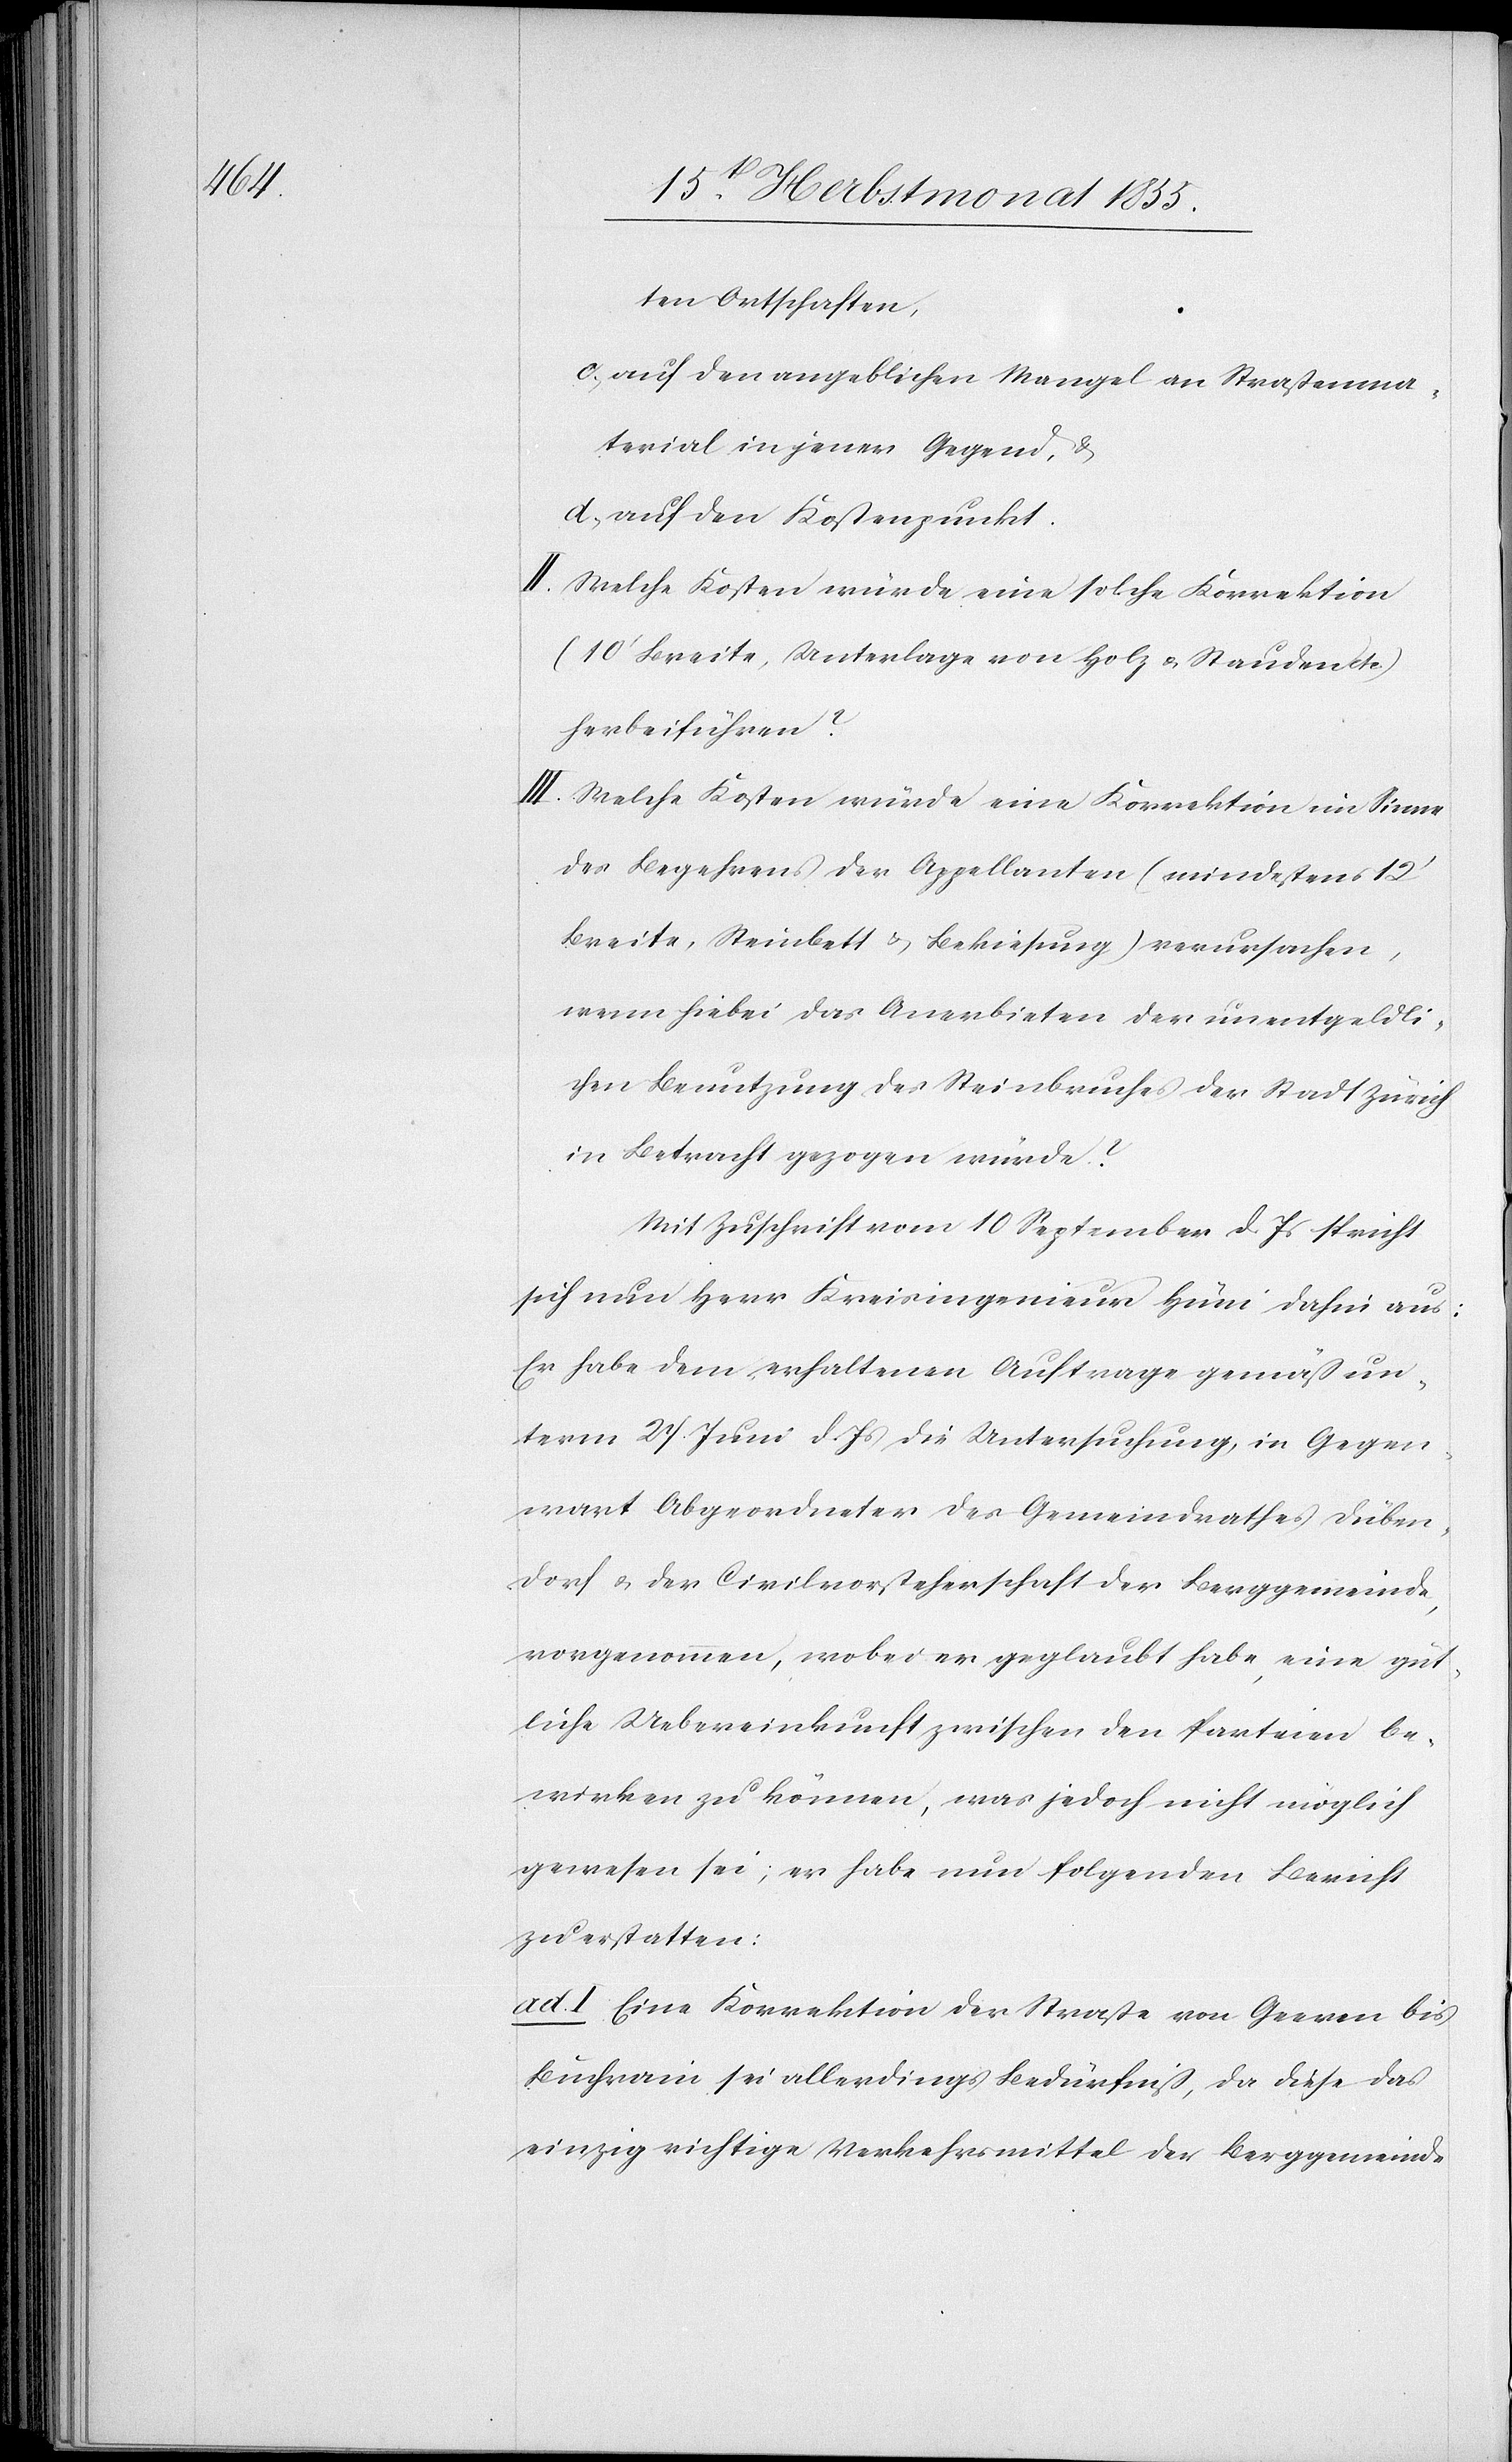
ten Ortschaften,
c, auf den angeblichen Mangel an Straßenma¬
terial in jener Gegend, &
d, auf den Kostenpunkt.
Welche Kosten würde eine solche Korrektion
(10‘ Breite, Unterlage von Holz & Stauden etc.)
herbeiführen?
Welche Kosten würde eine Korrektion im Sinne
des Begehrens der Appellanten (mindestens 12‘
Breite, Steinbett & Bekiesung) verursachen,
wenn hiebei das Anerbieten der unentgeldli¬
chen Benutzung des Steinbruches der Stadt Zürich
in Betracht gezogen würde?
Mit Zuschrift vom 10 September d. Js spricht
sich nun Herr Kreisingenieur Hüni dahin aus:
Er habe dem erhaltenen Auftrage gemäß un¬
term 27 Juni d. Js die Untersuchung, in Gegen¬
wart Abgeordneter des Gemeindrathes Düben¬
dorf & der Civilvorsteherschaft der Berggemeinde,
vorgenommen, wobei er geglaubt habe, eine güt¬
liche Uebereinkunft zwischen den Parteien be¬
wirken zu können, was jedoch nicht möglich
gewesen sei; er habe nun folgenden Bericht
zu erstatten:
ad. I Eine Korrektion der Straße von Geeren bis
Buchrain sei allerdings Bedürfniß, da diese das
einzig richtige Verkehrsmittel der Berggemeinde